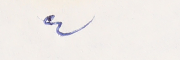
٤